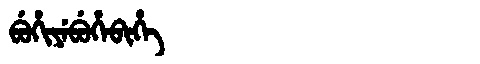
Manchu: ᠪᡠᡥᡳᠶᡝᠪᡠᡥᡝᠪᡳᡥᡝ
Romanization: BUHIYEBUHEBIHE